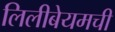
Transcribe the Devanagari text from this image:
लिलीबेयमची